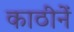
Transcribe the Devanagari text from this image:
काठीनें